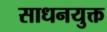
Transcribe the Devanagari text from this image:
साधनयुक्त